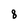
Character: 8